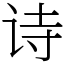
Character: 诗